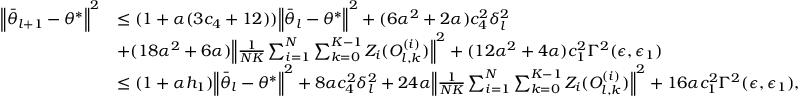
\begin{array} { r l } { \Big \lVert \bar { \theta } _ { l + 1 } - \theta ^ { * } \Big \rVert ^ { 2 } } & { \le ( 1 + \alpha ( 3 c _ { 4 } + 1 2 ) ) \Big \lVert \bar { \theta } _ { l } - \theta ^ { * } \Big \rVert ^ { 2 } + ( 6 \alpha ^ { 2 } + 2 \alpha ) c _ { 4 } ^ { 2 } \delta _ { l } ^ { 2 } } \\ & { + ( 1 8 \alpha ^ { 2 } + 6 \alpha ) \Big \lVert \frac { 1 } { N K } \sum _ { i = 1 } ^ { N } \sum _ { k = 0 } ^ { K - 1 } Z _ { i } ( O _ { l , k } ^ { ( i ) } ) \Big \rVert ^ { 2 } + ( 1 2 \alpha ^ { 2 } + 4 \alpha ) c _ { 1 } ^ { 2 } \Gamma ^ { 2 } ( \epsilon , \epsilon _ { 1 } ) } \\ & { \le ( 1 + \alpha h _ { 1 } ) \Big \lVert \bar { \theta } _ { l } - \theta ^ { * } \Big \rVert ^ { 2 } + 8 \alpha c _ { 4 } ^ { 2 } \delta _ { l } ^ { 2 } + 2 4 \alpha \Big \lVert \frac { 1 } { N K } \sum _ { i = 1 } ^ { N } \sum _ { k = 0 } ^ { K - 1 } Z _ { i } ( O _ { l , k } ^ { ( i ) } ) \Big \rVert ^ { 2 } + 1 6 \alpha c _ { 1 } ^ { 2 } \Gamma ^ { 2 } ( \epsilon , \epsilon _ { 1 } ) , } \end{array}